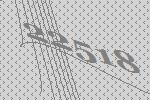
22518